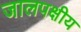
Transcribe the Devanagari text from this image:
जालपक्षीय